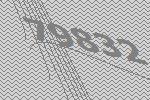
79832